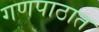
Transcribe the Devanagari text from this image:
गणपाठात